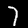
Digit: 7